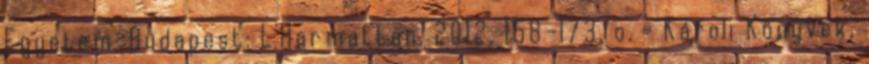
Egyetem; Budapest: L'Harmattan. 2012. 158–173. o. = Károli Könyvek,